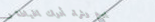
بيع وشراء أدوات الخياطة و